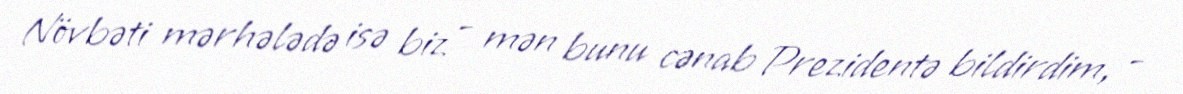
Növbəti mərhələdə isə biz - mən bunu cənab Prezidentə bildirdim, -